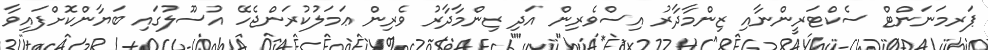
ޕަރމަނަންޓް ސެކްޓަރީންނާއި ޒިންމާދާރު އިސްވެރިން އަދި ޒިންމާދާރު ވެރިން ޢަމަލުކުރަންޖެހޭ އުސޫލުގައި ބަޔާންކޮށްފައިވާ